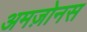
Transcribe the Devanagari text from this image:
अमज़ोनस